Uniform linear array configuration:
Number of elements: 32
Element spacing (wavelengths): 0.25
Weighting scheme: uniform
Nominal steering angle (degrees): -30
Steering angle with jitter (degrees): -31.713
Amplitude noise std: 0.05
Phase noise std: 0.05

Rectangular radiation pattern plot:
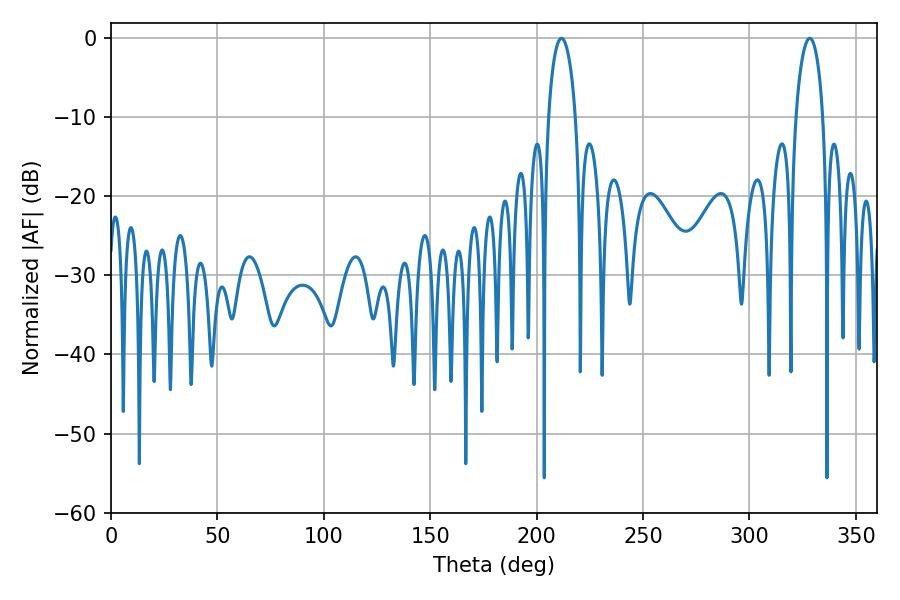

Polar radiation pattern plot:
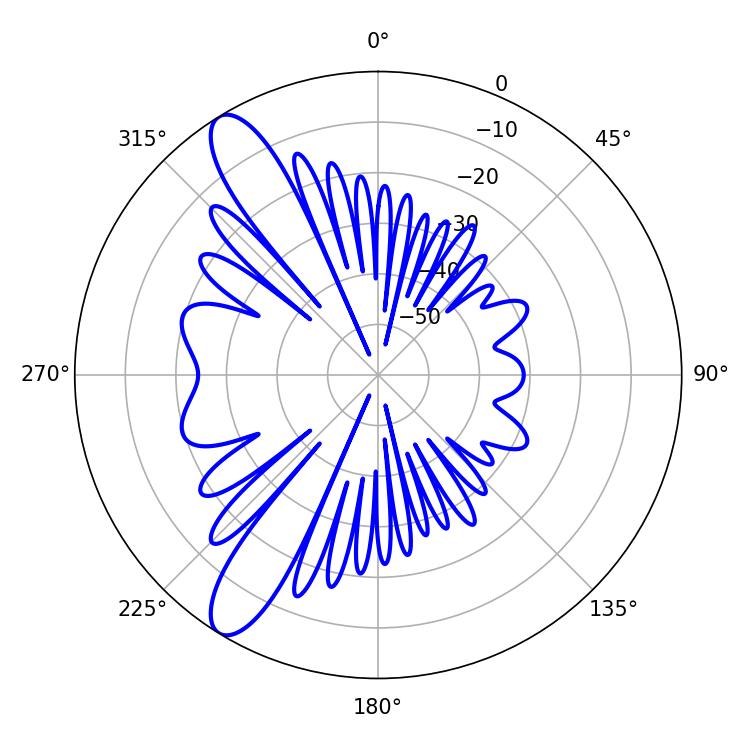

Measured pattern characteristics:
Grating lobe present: FALSE
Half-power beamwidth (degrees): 7.38
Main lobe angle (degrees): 328.32